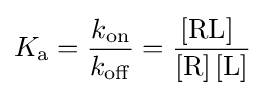
K_{\rm {a}}={k_{\mathrm {on} } \over k_{\mathrm {off} }}={[{\text{RL}}]~ \over [{\text{R}}]\,[{\text{L}}]}